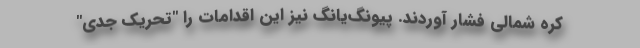
کره شمالی فشار آوردند. پیونگ‌یانگ نیز این اقدامات را "تحریک‌ جدی"